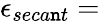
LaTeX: \epsilon_{seca\mathtt{n}t}=